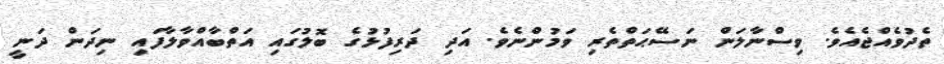
ތެދުވެއްޖެއެވެ. ވިސްނާލަން ނަސޭޙަތްތެރި ވަމުންނެވެ. އަދި ދަރިފުޅުގެ ބޮލުގައި އަތްބާއްވާލާފައި ނިދަން ދަނީ